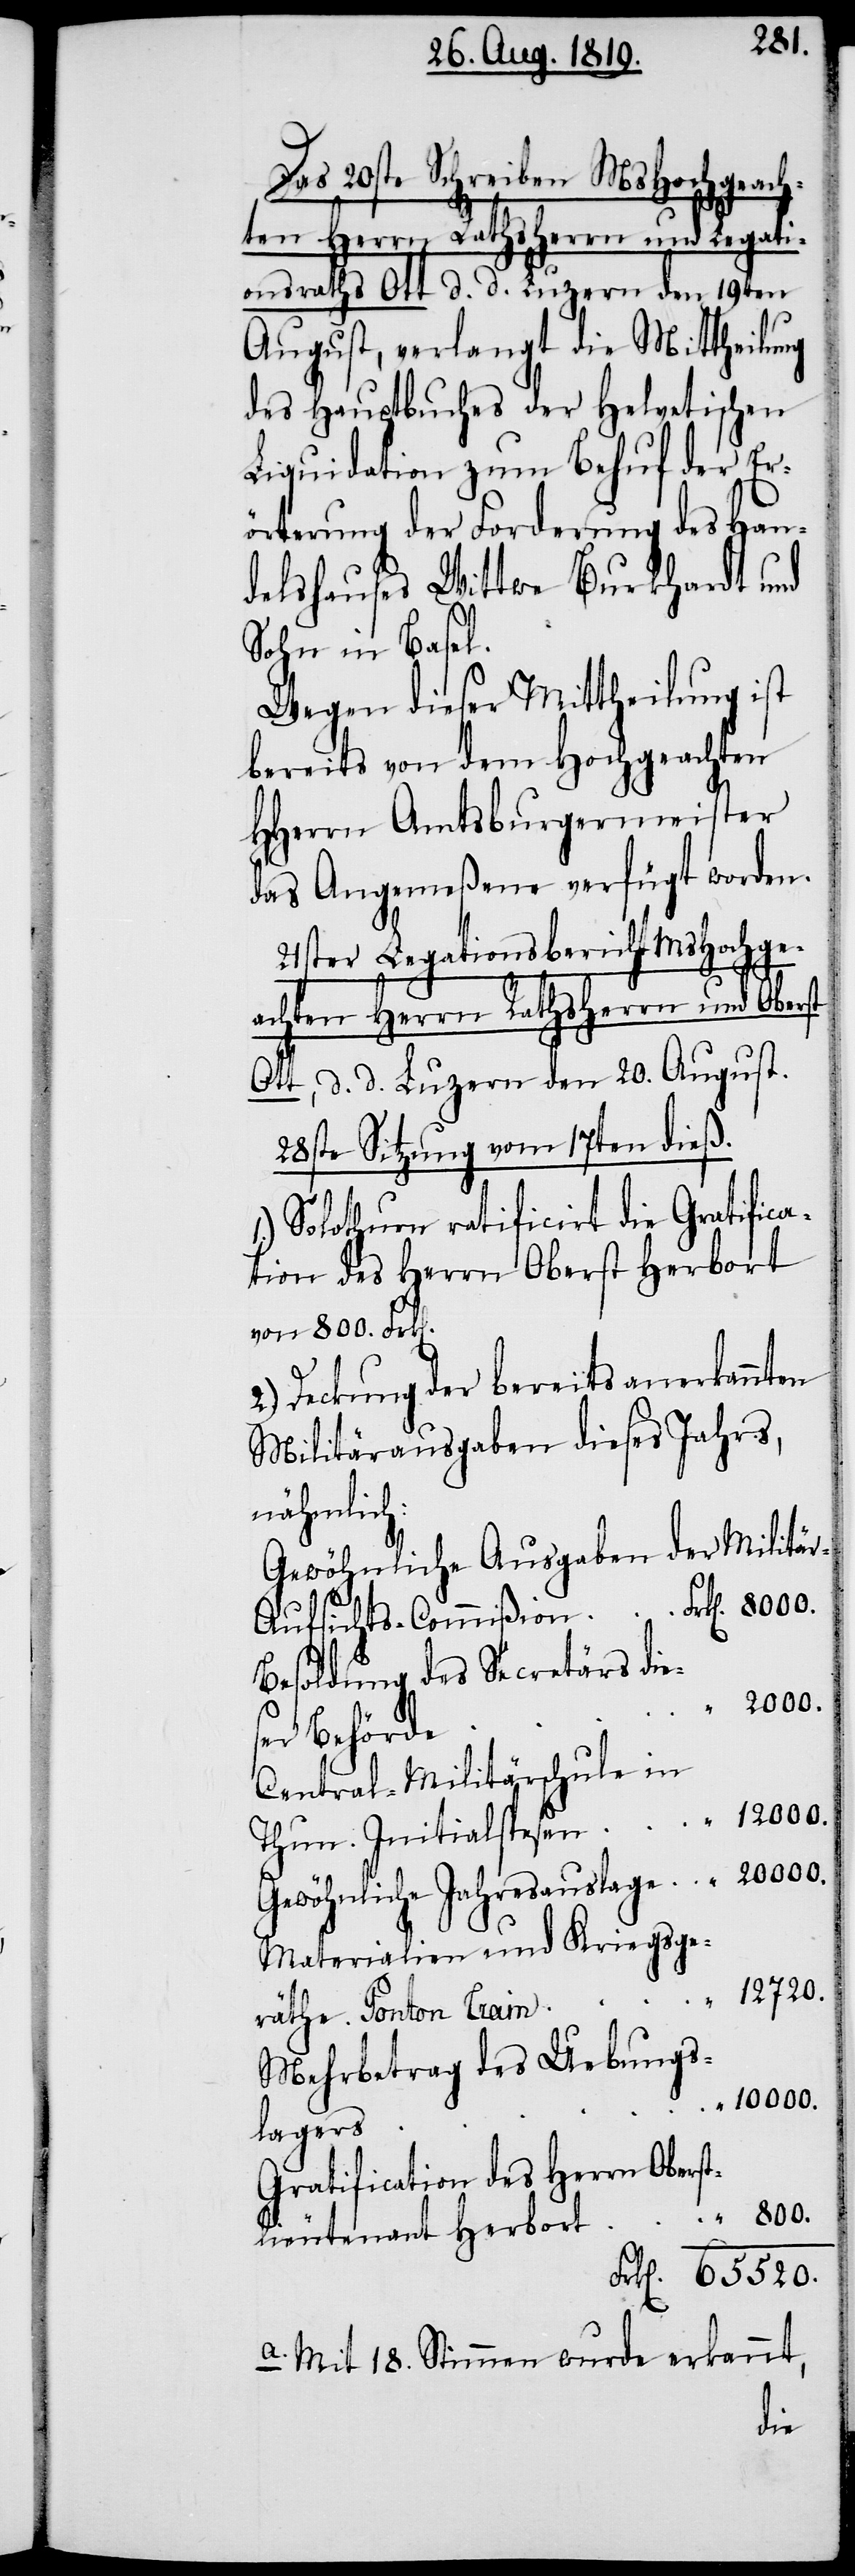
Das 20ste Schreiben MsHochgeach¬
ten Herrn Rathsherrn und Legati¬
onsraths Ott d. d. Luzern den 19ten
August, verlangt die Mittheilung
des Hauptbuches der Helvetischen
Liquidation zum Behuf der Er¬
örterung der Forderung des Han¬
delshauses Wittwe Burkhardt und
Sohn in Basel.
Wegen dieser Mittheilung ist
bereits von dem Hochgeachten
HHerrn Amtsburgermeister
das Angemeßene verfügt worden.
21ster Legationsbericht MsHochge¬
achten Herrn Rathsherrn und Oberst
Ott, d. d. Luzern den 20. August.
28ste Sitzung vom 17ten dieß.
Solothurn ratificirt die Gratifica¬
tion des Herrn Oberst Herbort
von 800. Frk[en].
Deckung der bereits anerkannten
Militärausgaben dieses Jahrs,
nähmlich:
Gewöhnliche Ausgaben der
Besoldung des Secretärs die¬
ser Behörde
Central-Militärschule in
Thun. Initialspesen
Gewöhnliche Jahresauslage
Materialien und Kriegsge¬
12720.
räthe. Ponton Train
Mehrbetrag des Uebungs¬
10000.
lagers
Gratification des Herrn Oberst¬
lieutenant Herbort
Frk[en]. 65520.
a. Mit 18. Stimmen wurde erkannt,